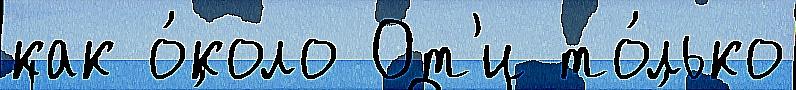
как о́коло От'и то́лько